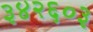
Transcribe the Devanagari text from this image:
३४२६०३